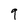
Character: 9